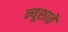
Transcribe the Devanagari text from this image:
न्यूशाते